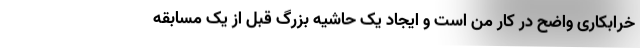
خرابکاری واضح در کار من است و ایجاد یک حاشیه بزرگ قبل از یک مسابقه